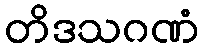
တိဒသဂဏံ